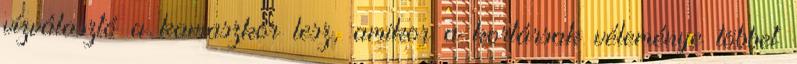
vízválasztó a kamaszkor lesz, amikor a kortársak véleménye többet